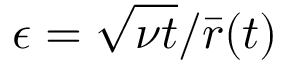
\epsilon = \sqrt { \nu t } / \bar { r } ( t )